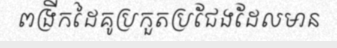
ពង្រីកដៃគូប្រកួតប្រជែងដែលមាន